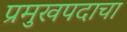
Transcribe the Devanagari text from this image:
प्रमुखपदाचा